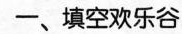
一、填空欢乐谷